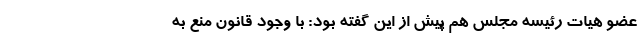
عضو هیات رئیسه مجلس هم پیش از این گفته بود: با وجود قانون منع به